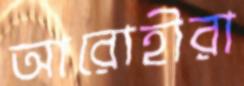
আরোহীরা